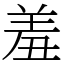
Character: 羞